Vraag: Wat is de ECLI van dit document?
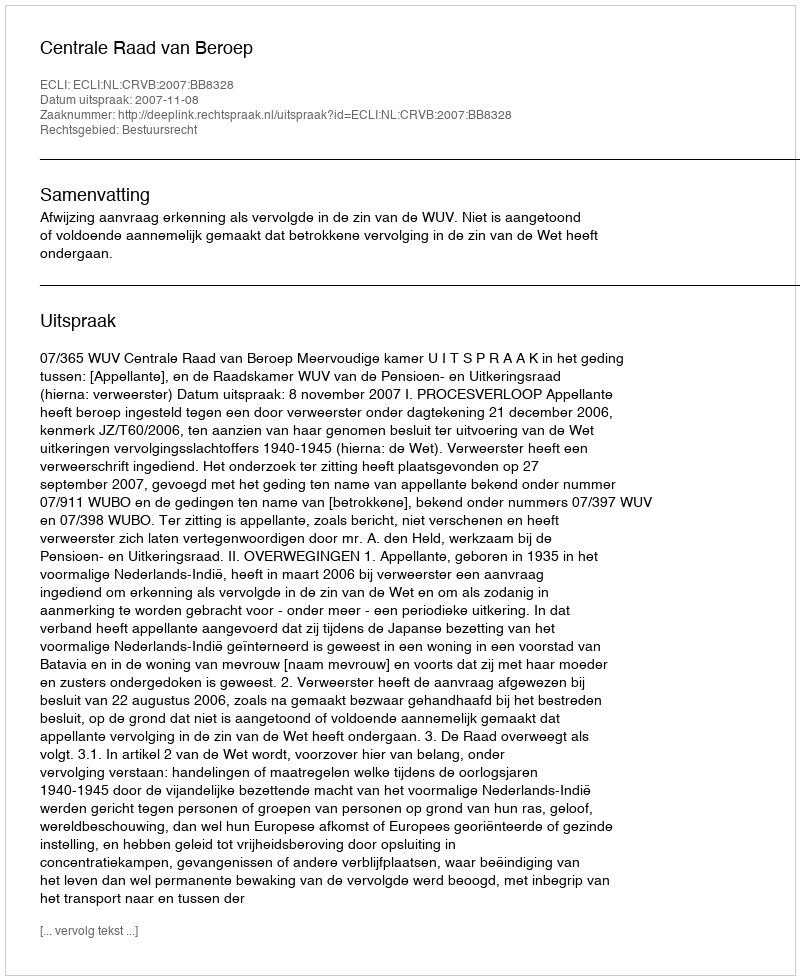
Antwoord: ECLI:NL:CRVB:2007:BB8328